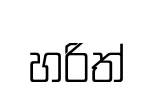
හරිත්